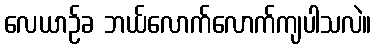
လေယာဉ်ခ ဘယ်လောက်လောက်ကျပါသလဲ။